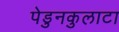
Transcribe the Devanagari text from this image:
पेडुनकुलाटा